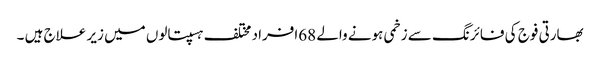
بھارتی فوج کی فائرنگ سے زخمی ہونے والے 68افراد مختلف ہسپتالوں میں زیر علاج ہیں ۔